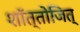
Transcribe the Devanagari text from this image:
शॉत्तोजित्